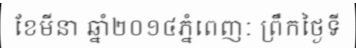
ខែមីនា ឆ្នាំ២០១៤ភ្នំពេញៈ ព្រឹកថ្ងៃទី